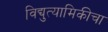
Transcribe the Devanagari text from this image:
विद्युत्यामिकीचा